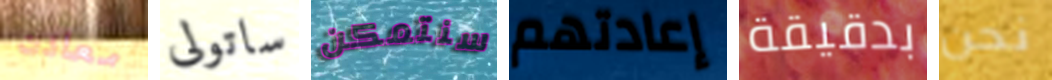
معادن ساتولى سنتمكن إعادتهم بدقيقة نحن